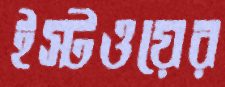
ইস্টওয়ের